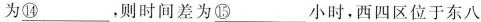
为\underline{⑭}，则时间差为\underline{⑮}小时，西四区位于东八